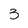
Character: 3